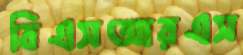
বিএসআরএস